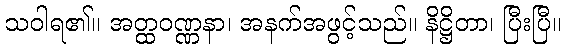
သဝါရ၏။ အတ္ထဝဏ္ဏနာ၊ အနက်အဖွင့်သည်။ နိဋ္ဌိတာ၊ ပြီးပြီ။